Punjab Mental Hospital Lahore 1922-31 - 1922-1931
Year: 1922
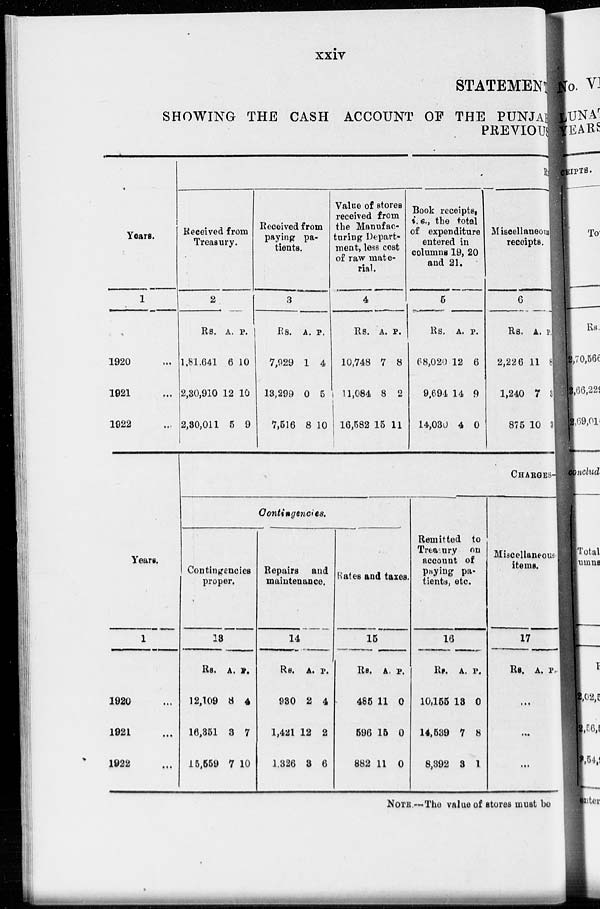
xxiv
STATEMENT
SHOWING THE CASH ACCOUNT OF THE PUNJAB
PREVIOUS
Years.
1
1920 ...
1021 ...
1922 ...
R
Received from
Treasury.
2
Rs.
1,81,641
2,30,910
2,30,011
A.
6
12
5
P.
10
10
9
Received from
paying pa-
tients.
3
Rs.
7,929
13,299
7,516
A.
1
0
8
P.
4
5
10
Value of stores
received from
the Manufac-
turing Depart-
meat, less cost
of raw mate-
rial.
4
Rs.
10,748
11,084
16,582
A.
7
8
15
P.
8
2
11
Book receipts,
i.e., the total
of expenditure
entered in
columns 19, 20
and 21.
5
Rs.
68,020
9,694
14,030
A.
12
14
4
P.
6
9
0
Miscellaneous-
receipts.
6
Rs.
2,226
1,240
875
A.
11
7
10
P.
8
3
3
Years.
1
1920 ...
1921 ...
1922 ...
CHARGES -
Contingencies.
Contingencies
proper.
13
Rs.
12,109
16,351
15,559
A.
8
3
7
P.
4
7
10
Repairs and
maintenance.
14
Rs.
930
1,421
1,326
A.
2
12
3
P.
4
2
6
Rates and taxes.
15
Rs.
485
596
882
A.
11
15
11
P.
0
0
0
Remitted to
Treasury on
account of
paying pa-
tients, etc.
16
Rs.
10,155
14,539
8,392
A.
13
7
3
P.
0
8
1
Miscellaneous-
items.
17
Rs. A P.
...
...
...
NOTE.—The value of stores must be